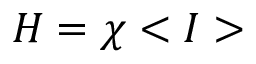
H = \chi < I >